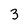
Character: 3